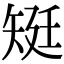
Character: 𥏎